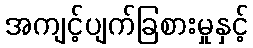
အကျင့်ပျက်ခြစားမှုနှင့်